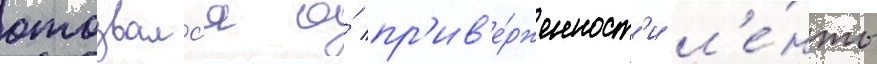
отозвалс'я о́ пр'ив'е́рженност'и л'е́нты